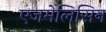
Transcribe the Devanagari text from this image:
एजमेलिसिन